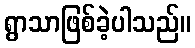
ရွာသာဖြစ်ခဲ့ပါသည်။